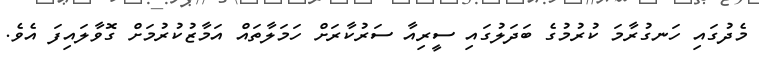
މެދުގައި ހަނގުރާމަ ކުރުމުގެ ބަދަލުގައި ސީރިއާ ސަރުކާރަށް ހަމަލާތައް އަމާޒުކުރުމަށް ގޮވާލައިފަ އެވެ.